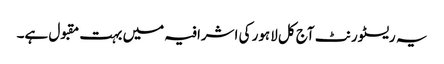
یہ ریسٹورنٹ آج کل لاہور کی اشرافیہ میں بہت مقبول ہے۔